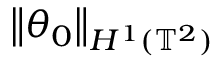
\mathopen { } \mathclose \bgroup \left\| \theta _ { 0 } \aftergroup \egroup \right\| _ { H ^ { 1 } ( \ensuremath { \mathbb { T } } ^ { 2 } ) }